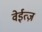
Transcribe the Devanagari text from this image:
वेईत्ज़